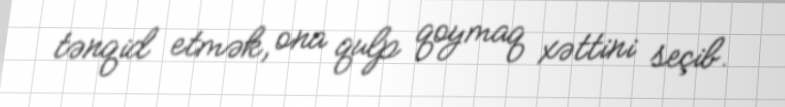
tənqid etmək, ona qulp qoymaq xəttini seçib.